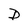
Character: D